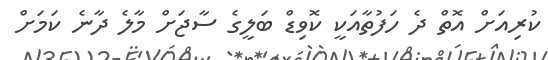
ކުރިއަށް އޮތް ދެ ހަފުތާއަކީ ކޮވިޑް ބަލީގެ ސާޖަށް މާލެ ދާނެ ކަމަށް